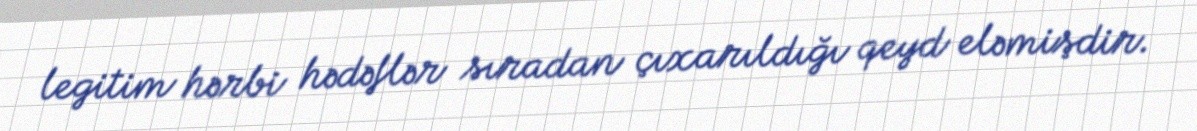
legitim hərbi hədəflər sıradan çıxarıldığı qeyd eləmişdir.